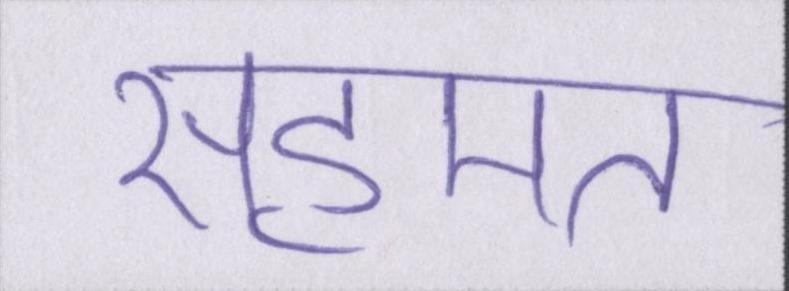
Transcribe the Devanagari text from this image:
सहमत